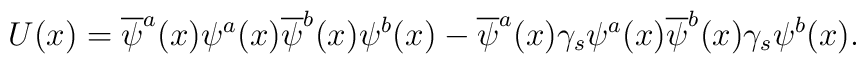
U(x) = \overline\psi^{a}(x) \psi^{a}(x) \overline\psi^{b}(x) \psi^{b}(x) -        \overline\psi^{a}(x) \gamma_{s} \psi^{a}(x) 	\overline\psi^{b}(x) \gamma_{s} \psi^{b}(x) .